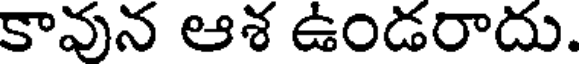
కావున ఆశ ఉండరాదు.